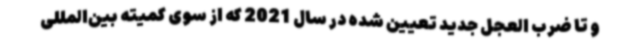
و تا ضرب العجل جدید تعیین شده در سال 2021 که از سوی کمیته بین‌المللی